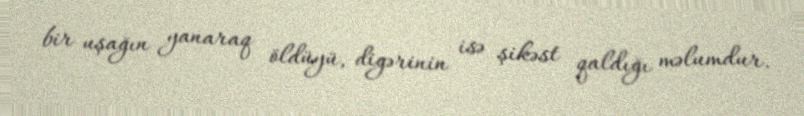
bir uşağın yanaraq öldüyü, digərinin isə şikəst qaldığı məlumdur.